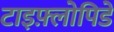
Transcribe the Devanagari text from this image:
टाइफ़्लोपिडे